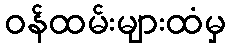
ဝန်ထမ်းများထံမှ